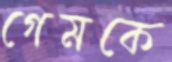
গেমকে